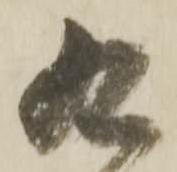
九